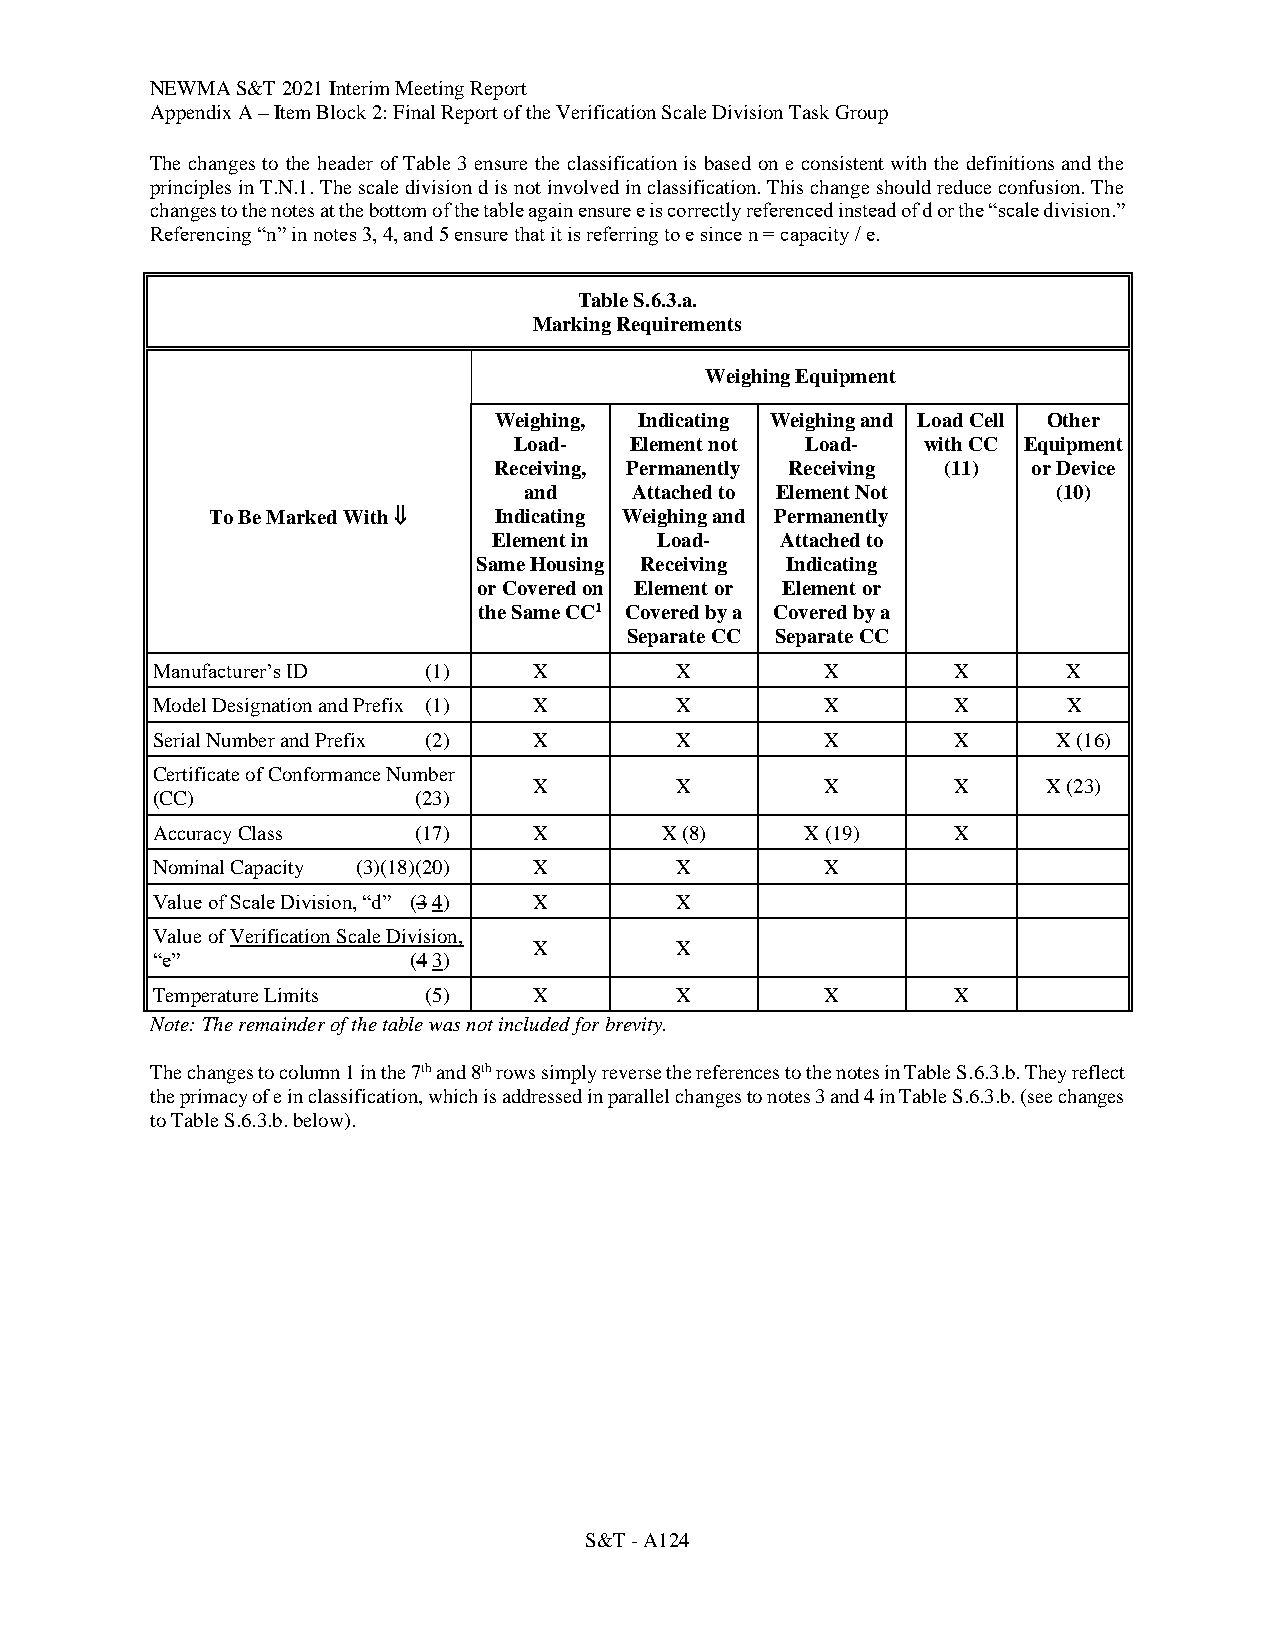
NEWMA S&T 2021 Interim Meeting Report
 Appendix A – Item Block 2: Final Report of the Verification Scale Division Task Group
 The changes to the header of Table 3 ensure the classification is based on e consistent with the definitions and the
 principles in T.N.1. The scale division d is not involved in classification. This change should reduce confusion. The
 changes to the notes at the bottom of the table again ensure e is correctly referenced instead of d or the “scale division.”
 Referencing “n” in notes 3, 4, and 5 ensure that it is referring to e since n = capacity / e.
 Table S.6.3.a.
 Marking Requirements
 Weighing Equipment
 Weighing, Indicating Weighing and Load Cell Other
 Load-   Element not Load-  with CC Equipment
 Receiving, Permanently Receiving (11) or Device
 and    Attached to Element Not     (10)
 To Be Marked With  Indicating Weighing and Permanently
 Element in Load-   Attached to
 Same Housing Receiving Indicating
 or Covered on Element or Element or
 the Same CC1 Covered by a Covered by a
 Separate CC Separate CC
 Manufacturer’s ID (1)    X         X         X       X       X
 Model Designation and Prefix (1) X X         X       X       X
 Serial Number and Prefix (2) X     X         X       X      X (16)
 Certificate of Conformance Number
 X         X         X       X     X (23)
 (CC)             (23)
 Accuracy Class   (17)    X        X (8)    X (19)    X
 Nominal Capacity (3)(18)(20) X     X         X
 Value of Scale Division, “d” (3 4) X X
 Value of Verification Scale Division,
 X         X
 “e”              (4 3)
 Temperature Limits (5)   X         X         X       X
 Note: The remainder of the table was not included for brevity.
 The changes to column 1 in the 7th and 8th rows simply reverse the references to the notes in Table S.6.3.b. They reflect
 the primacy of e in classification, which is addressed in parallel changes to notes 3 and 4 in Table S.6.3.b. (see changes
 to Table S.6.3.b. below).
 S&T - A124